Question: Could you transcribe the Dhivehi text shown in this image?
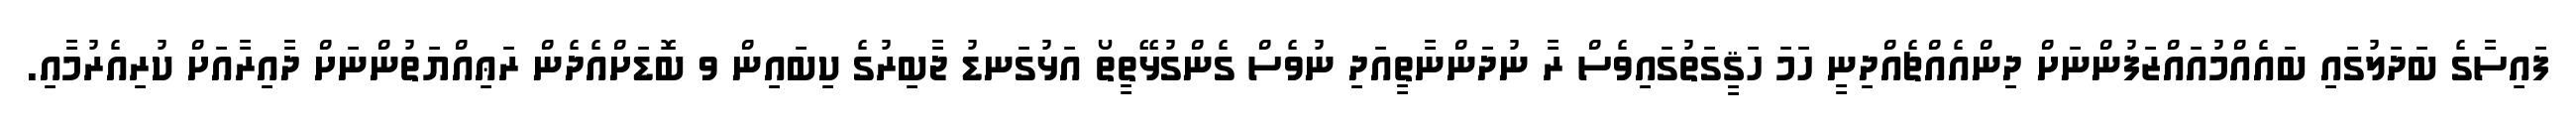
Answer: ފައިސާގެ ބަދަލުގައި ބައެއްމުއައްޒަފުންނަށް ދިންއެއްޗެއްދިނީ ހަމަ ހަޤީގަތުގައިވެސް ރާ ނުދަންނާތީއަދި ނުވެސް ގެންގުޅޭތީތޯ އަޅުގަނޑު ޖާބިރުގެ ކިބައިން ވ ބޮޑަށްއެދެން ރަޢިއްޔަތުންނަށް ދާއިރާއަށް ކުރިއެރުމާއި.